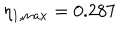
\eta _ { 1 , \mathrm { m a x } } = 0 . 2 8 7